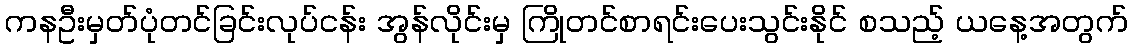
ကနဦးမှတ်ပုံတင်ခြင်းလုပ်ငန်း အွန်လိုင်းမှ ကြိုတင်စာရင်းပေးသွင်းနိုင် စသည့် ယနေ့အတွက်